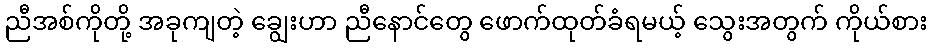
ညီအစ်ကိုတို့ အခုကျတဲ့ ချွေးဟာ ညီနောင်တွေ ဖောက်ထုတ်ခံရမယ့် သွေးအတွက် ကိုယ်စား